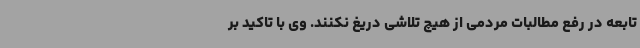
تابعه در رفع مطالبات مردمی از هیچ تلاشی دریغ نکنند. وی با تاکید بر